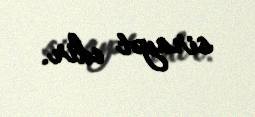
sirayət edir.